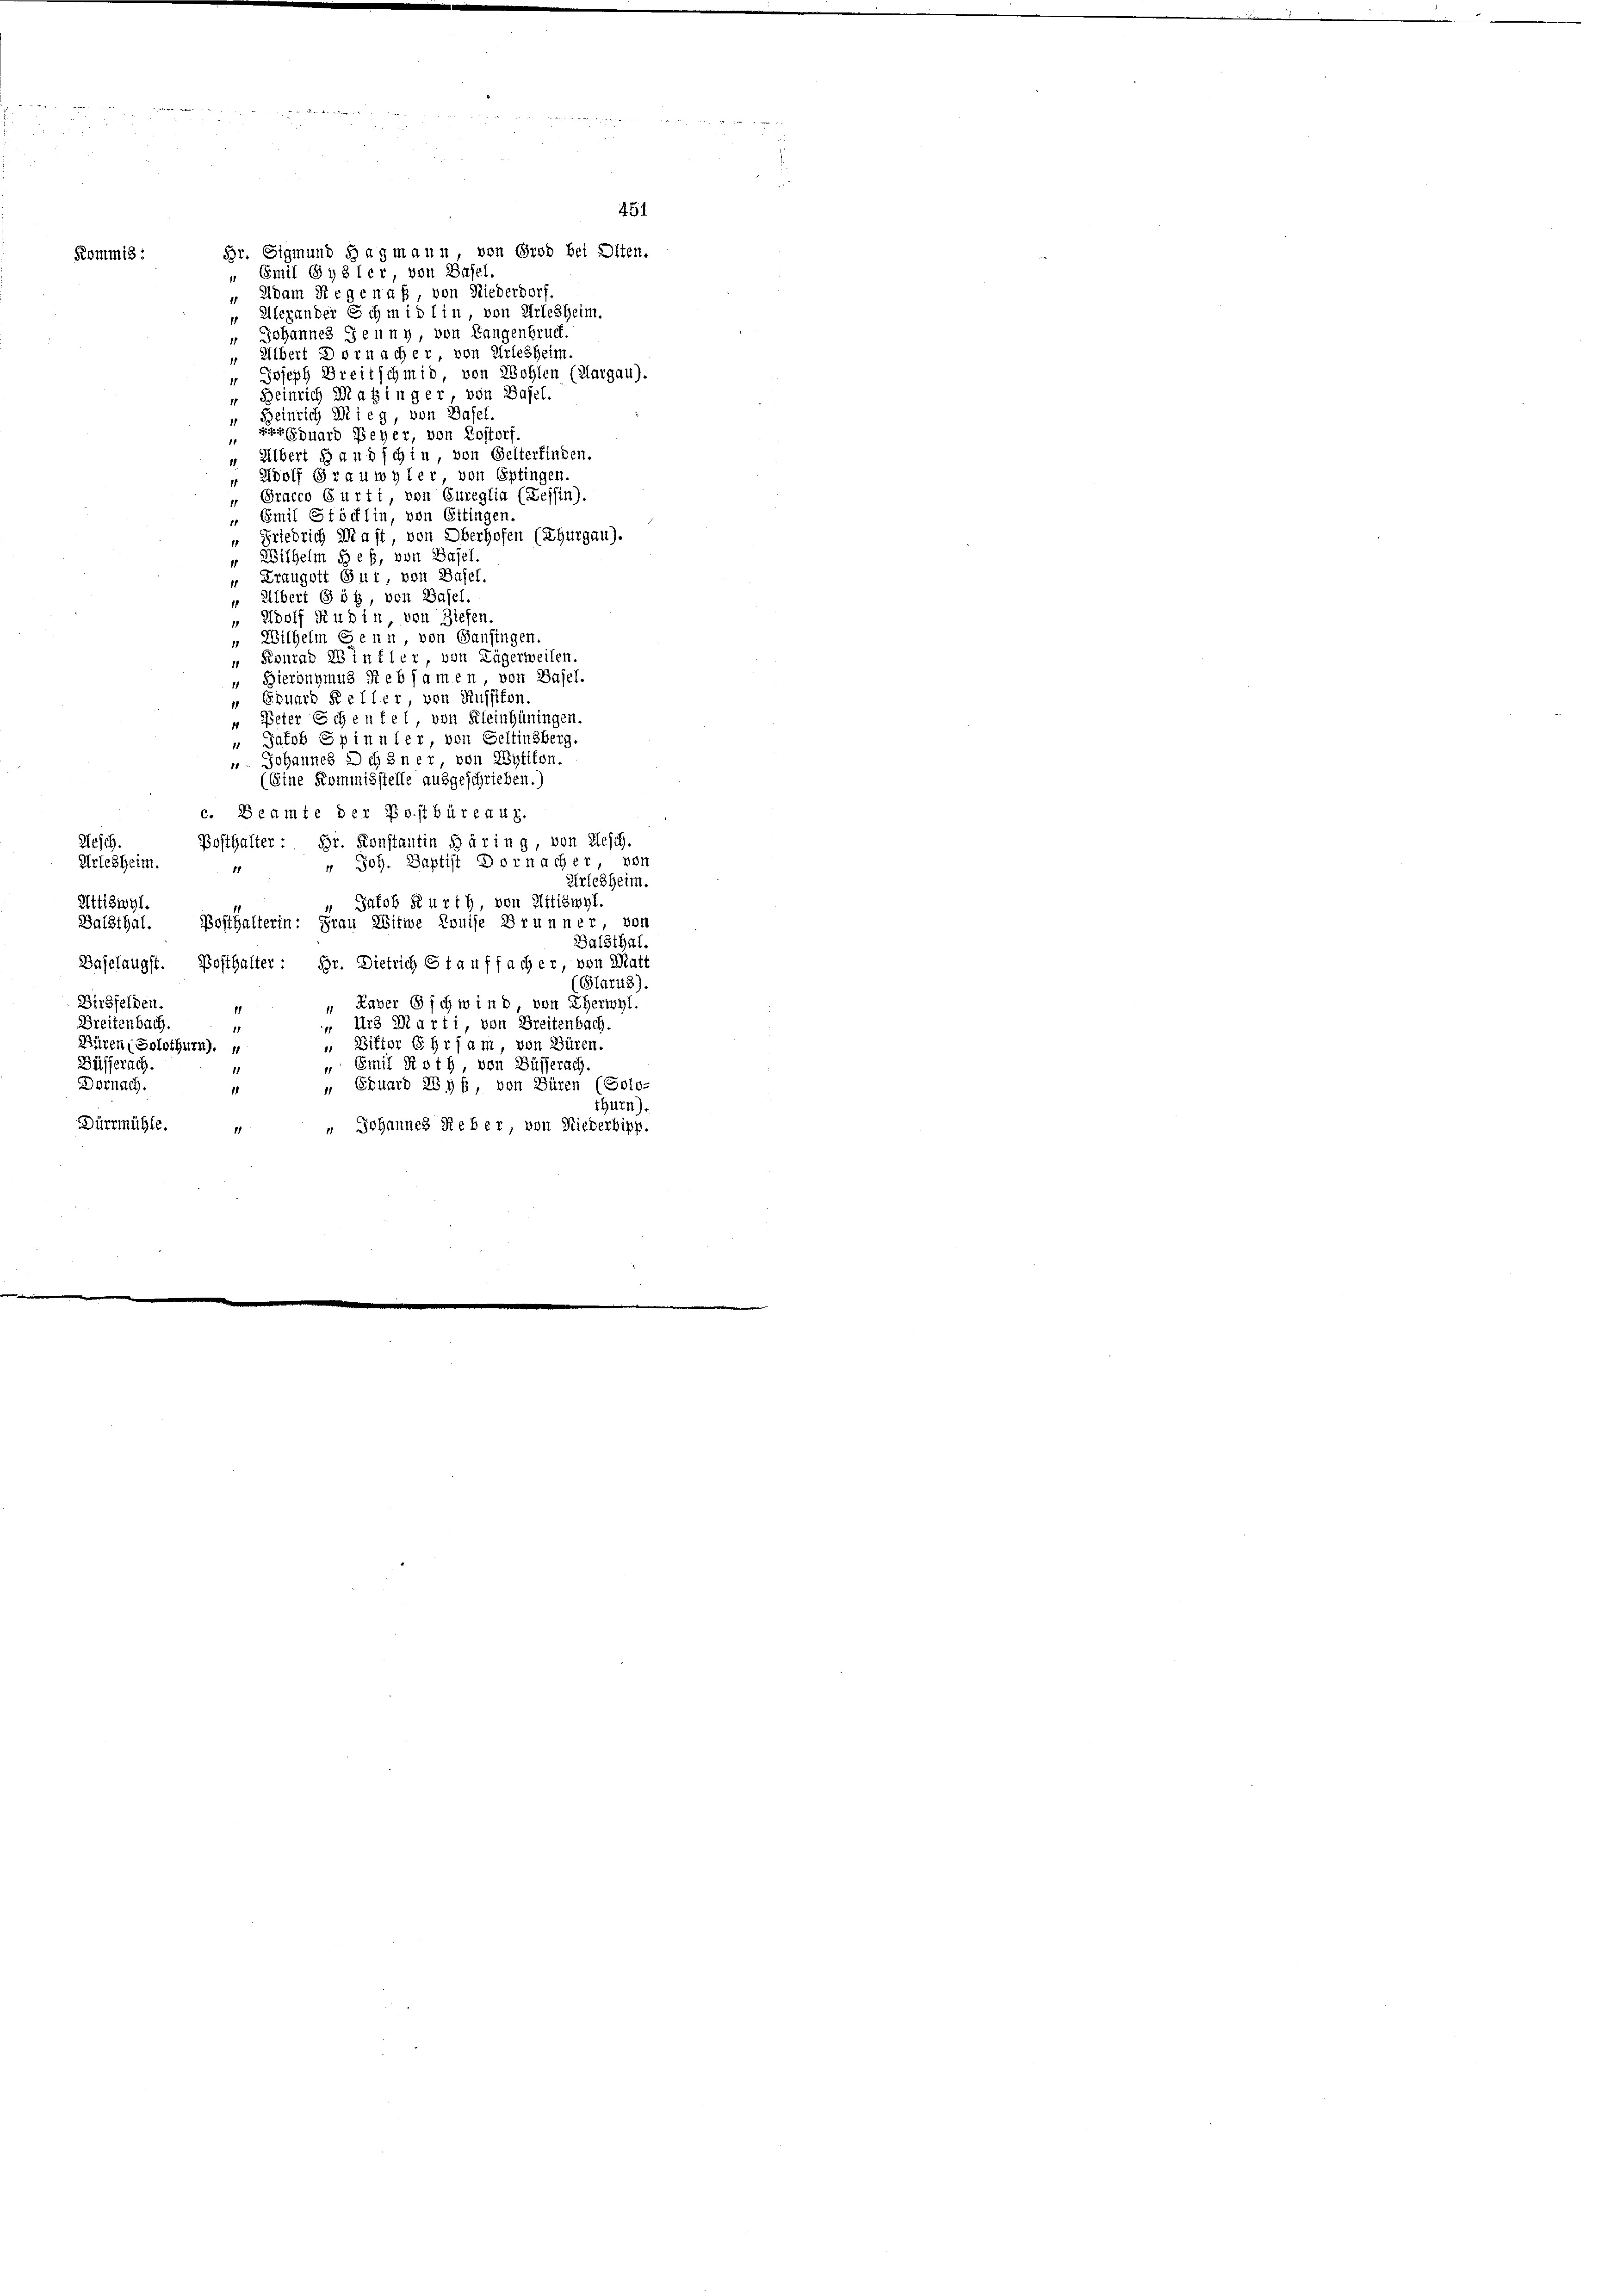
Br. Sigmund Hagmann, von Gros bei Olten.
Kommis:
" Emil Sydler von Basel.
" Adam Segenuß von Niederdorf.
" Alexander Schmidlin, von Arlesheim.
" Johannes Jenny, von Langenbruch.
" Albert Dornacher von Arlesheim.
" Joseph Breitschmid von Wohlen (Margau).
" Heinrich Maßinger, von Basel.

" Heinrich Dieg, von Basel.
perquard Beher, von Rostorf.
 Albert Hand ich in von Gelterfinden,
11.
" Adolf Grauwyler von Eptingen.
„ Pracco Gurti, von Eureglia (Tessin).
" Emil Stöcklin, von Ettingen.
“ Friedrich Mast, von Oberhofen (Thurgau).
"Wilhelm Heß, von Basel.
Kraugott Gut, von Basel.
" Albert Göß, von Basel.
 Adolf Rubin von Ziefen.
" Wilhelm Senn, von Gansingen,
 Konrad Einfler, von Lägerweilen.
" Bieronymus Rebsamen, von Basel.
„ Eduard Keller, von Russikon.
" Peter Scheufel von Kleinhüningen.
“ Jakob Spinnler, von Geltinsberg.
 Johannes Ochsner, von Wytikon.
(Eine Kommisstelle ausgeschrieben.)
c. Beamte der Postbüreaux.
Klesch.
Posthalter: Br. Konstantin s üring, von Gesch.
 Joh. Baptist Dornacher von
Arlesheim.
11
Arlesheim.
Jakob Kurth, von Attiswyl.
Attiswyl.
Bosthalterin: Frau Witwe Louise Brunner von
Balsthal.
Balsthal.
Baselangst. Posthalter: Hr. Dietrich Stauffacher, von Matt
(Glarus)
Birgfelden.
" Raver Schwind, von Eherwyl.
1
Breitenbach.
Urs Marti von Breitenbac
11
„ Bitter Ehrsam, von Büren.
Küren, Solothurn).
Büfferach.
" Emil Roth von Büsserach
Dornach.
„ Eduard Wyß von Büren (Solo-
1
thurn).
ürrmühle.
" Johannes Reber, von Niederbipp.
11

451